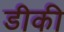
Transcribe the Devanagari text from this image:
डीकी